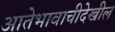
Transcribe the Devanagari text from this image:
आतेभावाचीदेखील